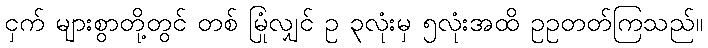
ငှက် များစွာတို့တွင် တစ် မြုံလျှင် ဥ ၃လုံးမှ ၅လုံးအထိ ဥဥတတ်ကြသည်။